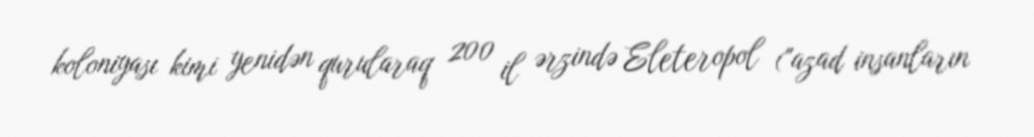
koloniyası kimi yenidən qurularaq 200 il ərzində Eleteropol ("azad insanların